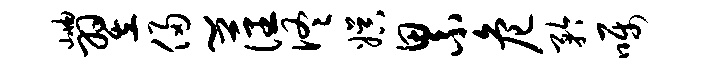
岫翌侵~藩佟娱累危矜嘱